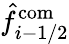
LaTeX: \hat{f}_{i-1/2}^{\mathrm{com}}